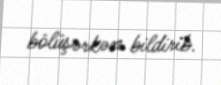
bölüşərkən bildirib.